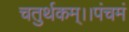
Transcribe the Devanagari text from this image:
चतुर्थकम्।।पंचमं